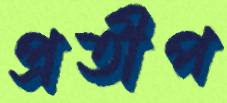
প্রতীপ